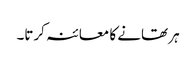
ہر تھانے کا معائنہ کرتا۔